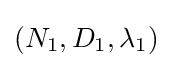
(N_{1},D_{1},\lambda _{1})